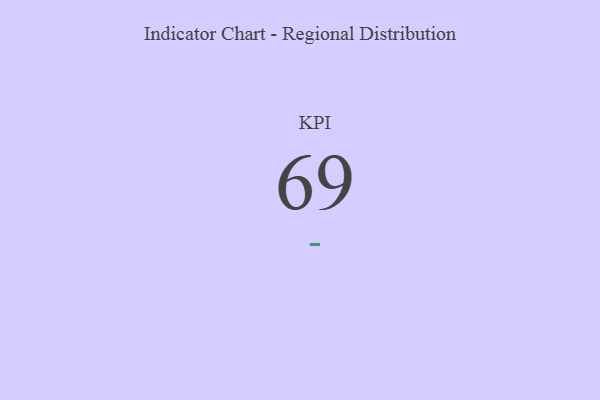
{"axis": {"x": "KPI", "y": "Value"}, "legend": [""], "data": [{"x": "KPI", "y": 69, "type": ""}]}